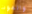
والموت